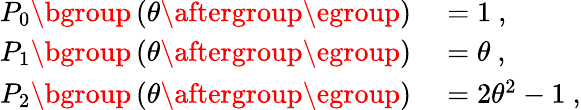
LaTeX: \begin{array}{rl}{P_{0}\mathopen{}\mathclose\bgroup\left(\theta\aftergroup\egroup\right)}&{{}=1~,}\\ {P_{1}\mathopen{}\mathclose\bgroup\left(\theta\aftergroup\egroup\right)}&{{}=\theta~,}\\ {P_{2}\mathopen{}\mathclose\bgroup\left(\theta\aftergroup\egroup\right)}&{{}=2\theta^{2}-1~,}\end{array}